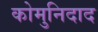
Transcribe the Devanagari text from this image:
कोमुनिदाद